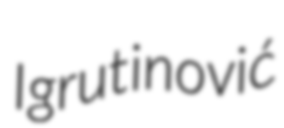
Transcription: Igrutinović